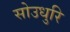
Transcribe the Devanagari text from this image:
सोउधुरि